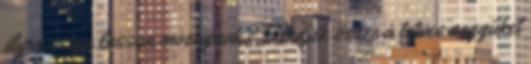
ilyen csiga lassan mozognak? Szedjék össze a tetves seggüket